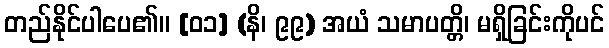
တည်နိုင်ပါပေ၏။ [၀၁] (နိ၊ ၉၉) အယံ သမာပတ္တိ၊ မရှိခြင်းကိုပင်